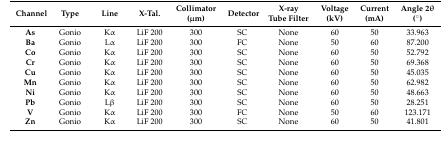
<table><thead><tr><td><b>Channel</b></td><td><b>Type</b></td><td><b>Line</b></td><td><b>X-Tal.</b></td><td><b>Collimator (μm)</b></td><td><b>Detector</b></td><td><b>X-ray Tube Filter</b></td><td><b>Voltage (kV)</b></td><td><b>Current (mA)</b></td><td><b>Angle 2θ (°)</b></td></tr></thead><tbody><tr><td><b>As</b></td><td>Gonio</td><td>Kα</td><td>LiF 200</td><td>300</td><td>SC</td><td>None</td><td>60</td><td>50</td><td>33.963</td></tr><tr><td><b>Ba</b></td><td>Gonio</td><td>Lα</td><td>LiF 200</td><td>300</td><td>FC</td><td>None</td><td>50</td><td>60</td><td>87.200</td></tr><tr><td><b>Co</b></td><td>Gonio</td><td>Kα</td><td>LiF 200</td><td>300</td><td>SC</td><td>None</td><td>60</td><td>50</td><td>52.792</td></tr><tr><td><b>Cr</b></td><td>Gonio</td><td>Kα</td><td>LiF 200</td><td>300</td><td>SC</td><td>None</td><td>60</td><td>50</td><td>69.368</td></tr><tr><td><b>Cu</b></td><td>Gonio</td><td>Kα</td><td>LiF 200</td><td>300</td><td>SC</td><td>None</td><td>60</td><td>50</td><td>45.035</td></tr><tr><td><b>Mn</b></td><td>Gonio</td><td>Kα</td><td>LiF 200</td><td>300</td><td>SC</td><td>None</td><td>60</td><td>50</td><td>62.982</td></tr><tr><td><b>Ni</b></td><td>Gonio</td><td>Kα</td><td>LiF 200</td><td>300</td><td>SC</td><td>None</td><td>60</td><td>50</td><td>48.663</td></tr><tr><td><b>Pb</b></td><td>Gonio</td><td>Lβ</td><td>LiF 200</td><td>300</td><td>SC</td><td>None</td><td>60</td><td>50</td><td>28.251</td></tr><tr><td><b>V</b></td><td>Gonio</td><td>Kα</td><td>LiF 200</td><td>300</td><td>FC</td><td>None</td><td>50</td><td>60</td><td>123.171</td></tr><tr><td><b>Zn</b></td><td>Gonio</td><td>Kα</td><td>LiF 200</td><td>300</td><td>SC</td><td>None</td><td>60</td><td>50</td><td>41.801</td></tr></tbody></table>